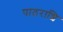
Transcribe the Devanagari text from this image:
पाठराशि